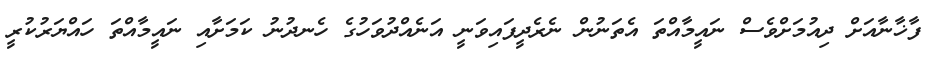
ފާޚާނާއަށް ދިއުމަށްވެސް ނައީމާއްތަ އެތަނުން ނެރެދީފައިވަނީ އަނެއްދުވަހުގެ ހެނދުނު ކަަމަށާއި ނައީމާއްތަ ހައްޔަރުކުރީ